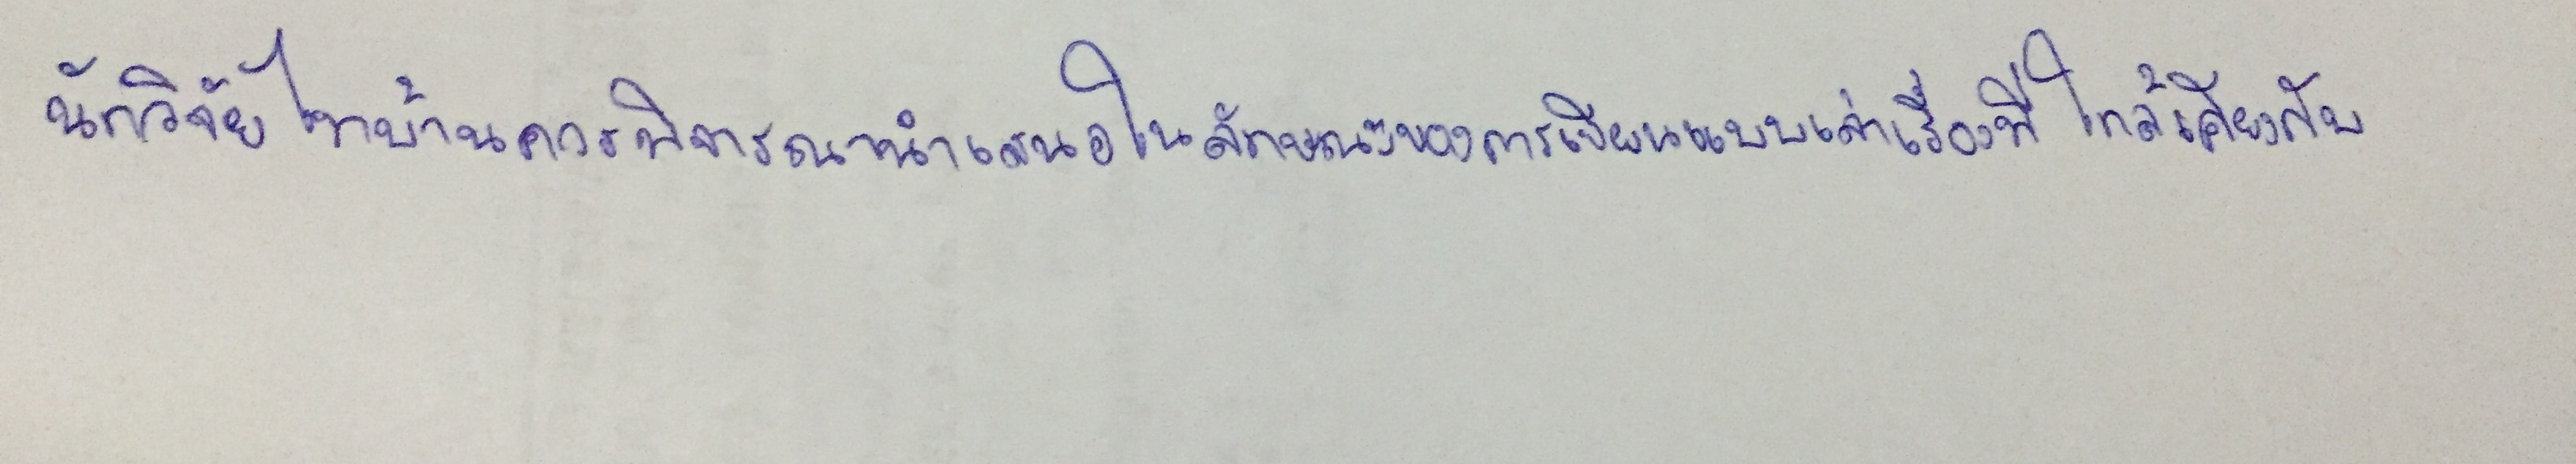
นักวิจัยไทบ้านควรพิจารณานำเสนอในลักษณะของการเขียนแบบเล่าเรื่องที่ใกล้เคียงกับ